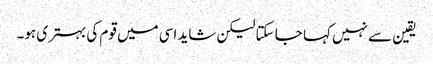
یقین سے نہیں کہا جا سکتا لیکن شاید اسی میں قوم کی بہتری ہو۔